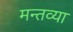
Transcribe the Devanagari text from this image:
मन्तव्या